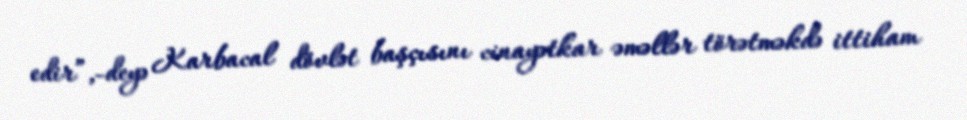
edir”,-deyə Karbacal dövlət başçısını cinayətkar əməllər törətməkdə ittiham